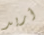
أريد